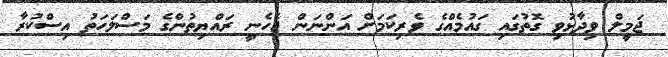
ޖަމީލް ވިދާޅުވި ގޮތުގައި ގައުމެއްގެ ވެރިކަމަށް އަންނަން ޖެހެނީ ރައްޔިތުންގެ މަސްލަހަތު އިސްކުރާ